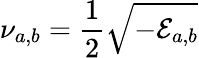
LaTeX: \nu_{a,b}=\frac{1}{2}\sqrt{-\mathcal{E}_{a,b}}